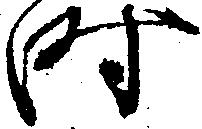
時